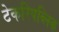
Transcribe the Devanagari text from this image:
टेकरिपब्लिक